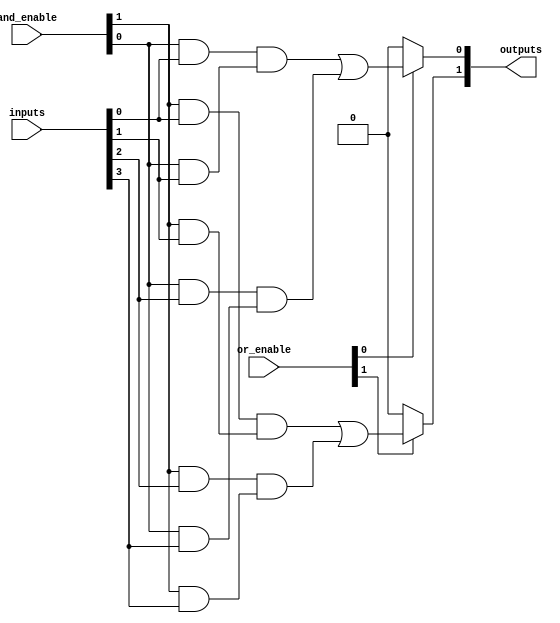
module programmable_logic_array #(
    parameter NUM_INPUTS = 4,        // Number of input signals
    parameter NUM_AND_TERMS = 8,     // Number of product terms (AND gates)
    parameter NUM_OUTPUTS = 2         // Number of output functions
)(
    input  wire [NUM_INPUTS-1:0] inputs,   // Input signals
    input  wire [NUM_AND_TERMS-1:0] and_enable, // Control signals to select AND gate configurations
    input  wire [NUM_OUTPUTS-1:0] or_enable,   // Control signals to select OR gate outputs
    output wire [NUM_OUTPUTS-1:0] outputs      // Output functions
);

    // The AND plane (Product terms)
    wire [NUM_AND_TERMS-1:0] and_outputs [0:NUM_INPUTS-1]; // 2D array for AND outputs

    // Generate AND terms based on input configuration
    genvar i, j;
    generate
        for (i = 0; i < NUM_AND_TERMS; i = i + 1) begin : and_gate
            wire and_input[0:NUM_INPUTS-1]; // Internal and input wires for each AND gate

            // Configurable AND gate
            assign and_input[0] = (and_enable[i] & inputs[0]);
            assign and_input[1] = (and_enable[i] & inputs[1]);
            assign and_input[2] = (and_enable[i] & inputs[2]);
            assign and_input[3] = (and_enable[i] & inputs[3]);

            // Combine inputs for AND operation; you can add more conditions or complements as needed
            assign and_outputs[i] = (and_input[0] & and_input[1]) | (and_input[2] & and_input[3]);
        end
    endgenerate

    // The OR plane (Sum terms)
    generate
        for (j = 0; j < NUM_OUTPUTS; j = j + 1) begin : or_gate
            wire or_input[0:NUM_AND_TERMS-1]; // Internal or input wires for each OR gate

            // Configurable OR gate
            assign or_input[j] = and_outputs[j]; // Directly connect for simple implementation
            
            // Combine product terms to form output (this can be expanded)
            assign outputs[j] = (or_enable[j] ? or_input[j] : 1'b0) ; // Control OR outputs based on enable signal
        end
    endgenerate

endmodule